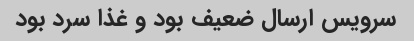
سرویس ارسال ضعیف بود و غذا سرد بود